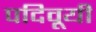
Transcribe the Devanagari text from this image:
पदिवूयी